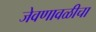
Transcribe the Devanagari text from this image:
जेवणावळीचा